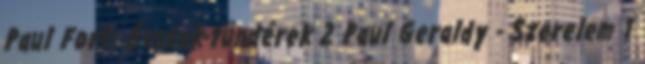
Paul Fort: Évszak-tündérek 2 Paul Geraldy - Szerelem 1